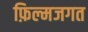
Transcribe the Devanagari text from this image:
फ़िल्मजगत